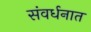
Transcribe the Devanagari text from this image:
संवर्धनात